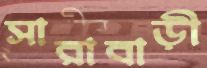
সারাবাড়ী